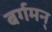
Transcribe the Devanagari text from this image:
बर्गमन्‌